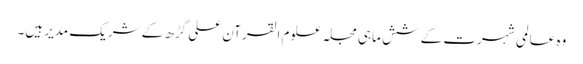
وہ عالمی شہرت کے شش ماہی مجلہ علوم القرآن علی گڑھ کے شریک مدیر ہیں۔